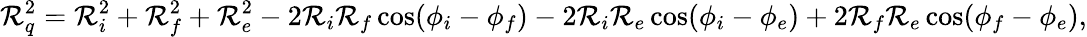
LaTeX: {\cal R}_{q}^{2}={\cal R}_{i}^{2}+{\cal R}_{f}^{2}+{\cal R}_{e}^{2}-2{\cal R}_{i}{\cal R}_{f}\cos(\phi_{i}-\phi_{f})-2{\cal R}_{i}{\cal R}_{e}\cos(\phi_{i}-\phi_{e})+2{\cal R}_{f}{\cal R}_{e}\cos(\phi_{f}-\phi_{e}),